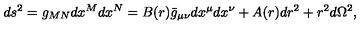
d s ^ { 2 } = g _ { M N } d x ^ { M } d x ^ { N } = B ( r ) \bar { g } _ { \mu \nu } d x ^ { \mu } d x ^ { \nu } + A ( r ) d r ^ { 2 } + r ^ { 2 } d \Omega ^ { 2 } ,